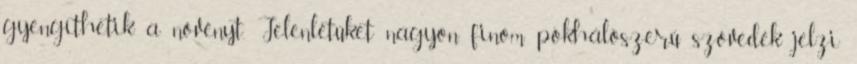
gyengíthetik a növényt. Jelenlétüket nagyon finom pókhálószerű szövedék jelzi